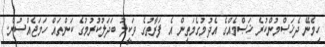
ހިމެނޭ ދެޚަޞްމުންކުރެ ޚަޞްމެއްގެ އެދުމުގެމަތިން އެ ފަރާތުގެ ވަކީލު ބަދަލުކުރުމުގެ ކަންތައް ހަމަޖެއްސުން.